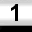
Digit: 1